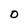
Character: O